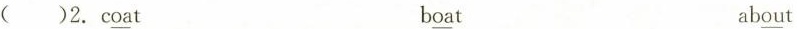
( )2. c \underline{oa}t b \underline{oa}t ab \underline{ou}t